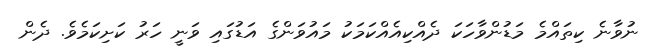
ނުވާނެ ކިތައްމެ މަޑުންވާހަކަ ދެއްކިއެއްކަމަކު މައުވަންގެ އަޑުގައި ވަނީ ހަރު ކަށިކަމެވެ. ދެން